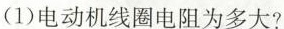
(1)电动机线圈电阻为多大?